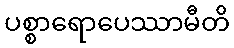
ပစ္စာရောပေဿာမီတိ